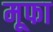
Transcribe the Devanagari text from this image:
मूफा